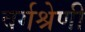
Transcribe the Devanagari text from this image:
वर्गश्रेणी